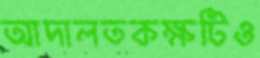
আদালতকক্ষটিও